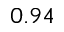
0 . 9 4